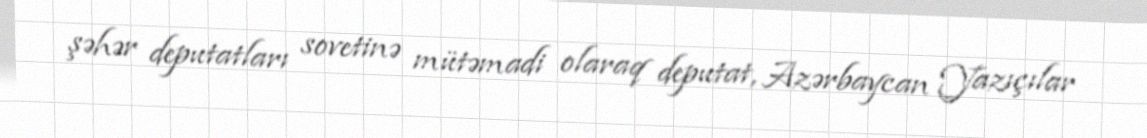
şəhər deputatları sovetinə mütəmadi olaraq deputat, Azərbaycan Yazıçılar